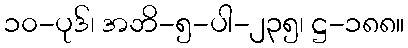
၁၀-ပုဒ်၊ အဘိ-၅-ပါ-၂၃၅၊ ဋ္ဌ-၁၈၈။